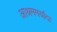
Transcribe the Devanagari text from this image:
आश्रममर्यादा